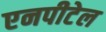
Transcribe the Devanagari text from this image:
एनपीटेल